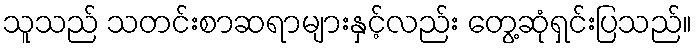
သူသည် သတင်းစာဆရာများနှင့်လည်း တွေ့ဆုံရှင်းပြသည်။